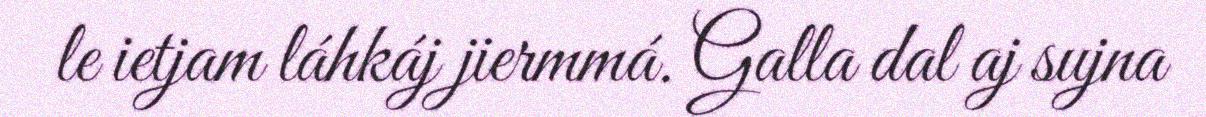
le ietjam láhkáj jiermmá. Galla dal aj sujna